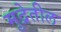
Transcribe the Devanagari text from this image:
मुद्रेतील